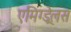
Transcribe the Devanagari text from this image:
एमिग्ड्रेलस